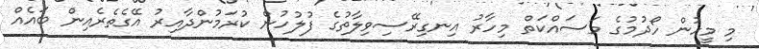
މި މީހުން ހޯދުމުގެ މަސައްކަތް މިހާރު އިނގިރޭސިވިލާތުގެ ފުލުހުން ކުރަމުންދާއިރު އޭގެތެރެއިން ބައެއް